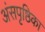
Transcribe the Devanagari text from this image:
अंसपृष्ठिका